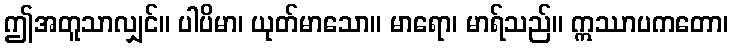
ဤအတူသာလျှင်။ ပါပိမာ၊ ယုတ်မာသော။ မာရော၊ မာရ်သည်။ ဣဿာပကတော၊